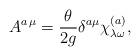
LaTeX: \begin{align*}A^{a\,\mu} = \frac{\theta}{2g}\delta^{a\mu}\chi_{\lambda\omega}^{(a)},\end{align*}